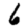
Digit: 6